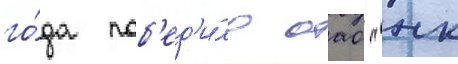
го́да поб'ед'и́ло оао "нк